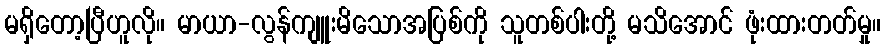
မရှိတော့ပြီဟူလို။ မာယာ-လွန်ကျူးမိသောအပြစ်ကို သူတစ်ပါးတို့ မသိအောင် ဖုံးထားတတ်မှု။